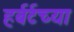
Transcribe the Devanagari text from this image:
हर्बर्टच्या